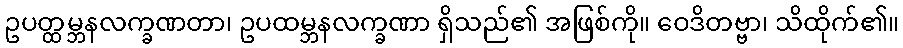
ဥပတ္ထမ္ဘနလက္ခဏတာ၊ ဥပထမ္ဘနလက္ခဏာ ရှိသည်၏ အဖြစ်ကို။ ဝေဒိတဗ္ဗာ၊ သိထိုက်၏။